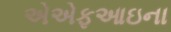
એએફઆઇના